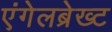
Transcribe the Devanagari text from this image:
एंगेलब्रेख्ट